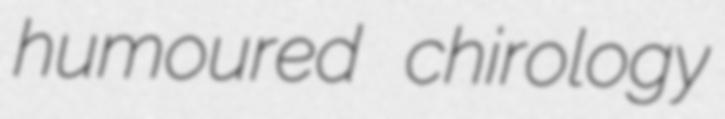
humoured chirology